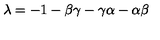
\lambda = - 1 - \beta \gamma - \gamma \alpha - \alpha \beta